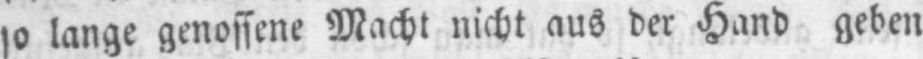
so lange genossene Macht nicht aus der Hand geben